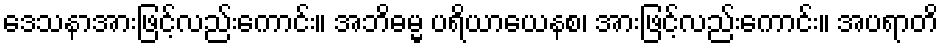
ဒေသနာအားဖြင့်လည်းကောင်း။ အဘိဓမ္မ ပရိယာယေနစ၊ အားဖြင့်လည်းကောင်း။ အပရာတိ